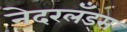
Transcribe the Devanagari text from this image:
नेदरलँड्‌स